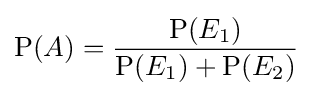
\operatorname {P} (A)={\frac {\operatorname {P} (E_{1})}{\operatorname {P} (E_{1})+\operatorname {P} (E_{2})}}